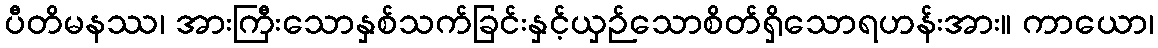
ပီတိမနဿ၊ အားကြီးသောနှစ်သက်ခြင်းနှင့်ယှဉ်သောစိတ်ရှိသောရဟန်းအား။ ကာယော၊